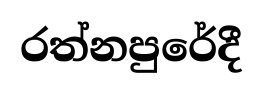
රත්නපුරේදී